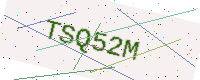
Text: TSQ52M